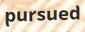
pursued